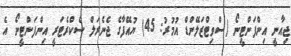
ޖިއާނީ އިންފަންޓީނޯ (ސްވިޓްޒަލޭންޑް އުމުރު: 45) ޔުއޭފާގެ ޖެނެރަލް ސެކްރެޓަރީ އިންފަންޓީނޯ އެ